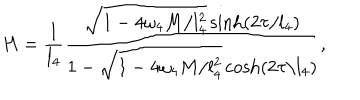
H = \frac { 1 } { l _ { 4 } } \frac { \sqrt { 1 - 4 \omega _ { 4 } M / l _ { 4 } ^ { 2 } } \sinh ( 2 \tau / l _ { 4 } ) } { 1 - \sqrt { 1 - 4 \omega _ { 4 } M / l _ { 4 } ^ { 2 } } \cosh ( 2 \tau / l _ { 4 } ) } ,